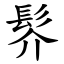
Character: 䯰